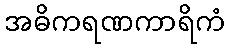
အဓိကရဏကာရိကံ